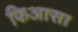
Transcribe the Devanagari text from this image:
फिआसा